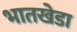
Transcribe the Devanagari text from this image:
भातखेडा